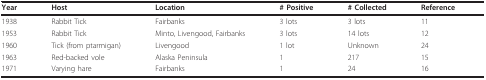
<table><thead><tr><td><b>Year</b></td><td><b>Host</b></td><td><b>Location</b></td><td><b># Positive</b></td><td><b># Collected</b></td><td><b>Reference</b></td></tr></thead><tbody><tr><td>1938</td><td>Rabbit Tick</td><td>Fairbanks</td><td>3 lots</td><td>3 lots</td><td>11</td></tr><tr><td>1953</td><td>Rabbit Tick</td><td>Minto, Livengood, Fairbanks</td><td>3 lots</td><td>14 lots</td><td>12</td></tr><tr><td>1960</td><td>Tick (from ptarmigan)</td><td>Livengood</td><td>1 lot</td><td>Unknown</td><td>24</td></tr><tr><td>1963</td><td>Red-backed vole</td><td>Alaska Peninsula</td><td>1</td><td>217</td><td>15</td></tr><tr><td>1971</td><td>Varying hare</td><td>Fairbanks</td><td>1</td><td>24</td><td>16</td></tr></tbody></table>